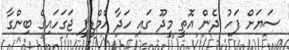
ސަޔަށް ފަހު ދެން އޮތީ މީދޫ ގައި ހަދާ އެމްޑީޕީ ޖަގަހައިގެ ބިންގާ